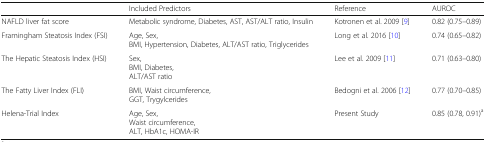
<table><thead><tr><td></td><td><b>Included Predictors</b></td><td><b>Reference</b></td><td><b>AUROC</b></td></tr></thead><tbody><tr><td>NAFLD liver fat score</td><td>Metabolic syndrome, Diabetes, AST, AST/ALT ratio, Insulin</td><td>Kotronen et al. 2009 [9]</td><td>0.82 (0.75–0.89)</td></tr><tr><td>Framingham Steatosis Index (FSI)</td><td>Age, Sex,BMI, Hypertension, Diabetes, ALT/AST ratio, Triglycerides</td><td>Long et al. 2016 [10]</td><td>0.74 (0.65–0.82)</td></tr><tr><td>The Hepatic Steatosis Index (HSI)</td><td>Sex,BMI, Diabetes,ALT/AST ratio</td><td>Lee et al. 2009 [11]</td><td>0.71 (0.63–0.80)</td></tr><tr><td>The Fatty Liver Index (FLI)</td><td>BMI, Waist circumference,GGT, Trygylcerides</td><td>Bedogni et al. 2006 [12]</td><td>0.77 (0.70–0.85)</td></tr><tr><td>Helena-Trial Index</td><td>Age, Sex,Waist circumference,ALT, HbA1c, HOMA-IR</td><td>Present Study</td><td>0.85 (0.78, 0.91)<sup>a</sup></td></tr></tbody></table>